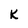
Character: K